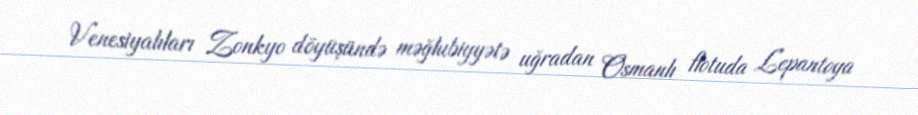
Venesiyalıları Zonkyo döyüşündə məğlubiyyətə uğradan Osmanlı flotuda Lepantoya